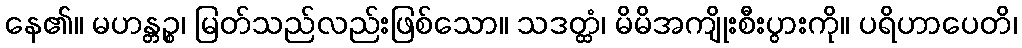
နေ၏။ မဟန္တဉ္စ၊ မြတ်သည်လည်းဖြစ်သော။ သဒတ္ထံ၊ မိမိအကျိုးစီးပွားကို။ ပရိဟာပေတိ၊